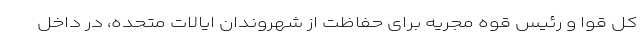
کل قوا و رئیس قوه مجریه برای حفاظت از شهروندان ایالات متحده، در داخل